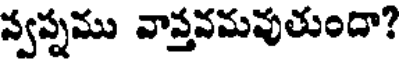
స్వప్నము వాస్తవమవుతుందా?